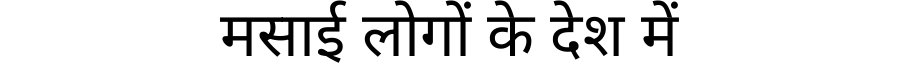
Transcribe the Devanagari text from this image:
मसाई लोगों के देश में